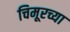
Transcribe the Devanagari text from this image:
चिमूरच्या